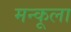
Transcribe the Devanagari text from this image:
मन्कूला